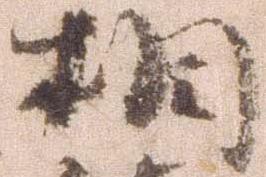
相